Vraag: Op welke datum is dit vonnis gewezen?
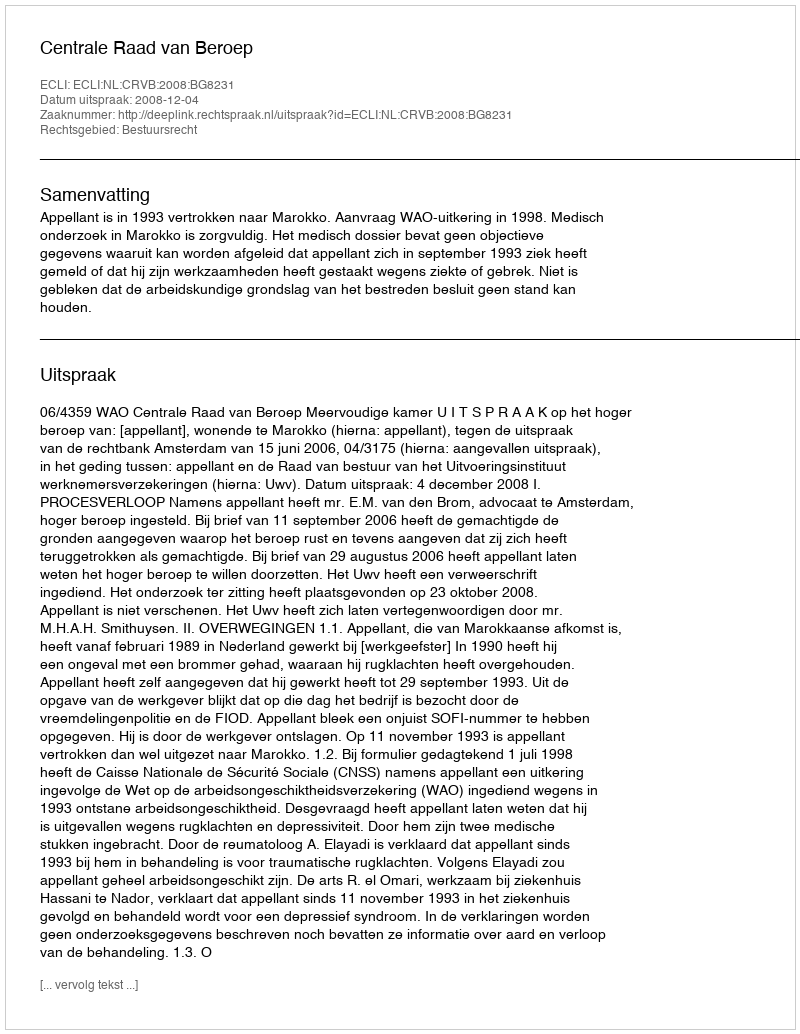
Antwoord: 2008-12-04